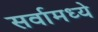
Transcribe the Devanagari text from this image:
सर्वामध्ये